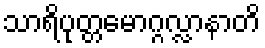
သာရိပုတ္တမောဂ္ဂလ္လာနာတိ